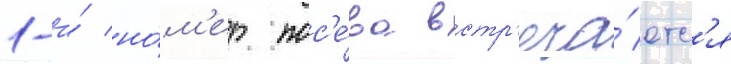
1-и́ но́м'ер пос'е́ва встр'еча́етс'я